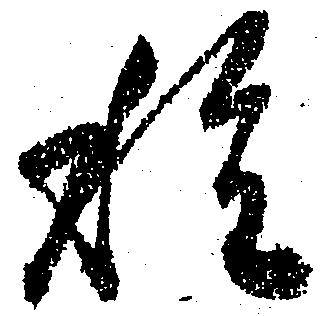
種